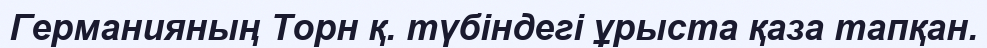
Германияның Торн қ. түбіндегі ұрыста қаза тапқан.